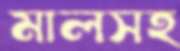
মালসহ